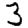
Digit: 3